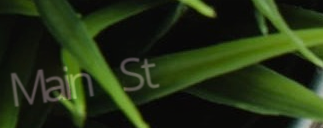
Main St